system: You are a helpful assistant.
user:
Analyze the provided spectrum to determine if it is a **White Dwarf (WD)**.

A White Dwarf spectrum is defined by its **extreme purity** (due to gravitational settling) and/or **extreme pressure broadening** (due to high surface gravity). You must check for one of the following mutually exclusive signatures:

- **Key Visual Indicators (Check for ONE of these types):**

    - **1. DA-Type Signature (Most Common):**
        - **(Primary Feature):** Extreme pressure broadening (Stark broadening) of the **Hydrogen (H) Balmer lines**.
        - **(Key Lines):** $H\beta$ (approx. $4861$ Å) and $H\gamma$ (approx. $4340$ Å). $H\alpha$ (approx. $6563$ Å) will also be present if the wavelength range covers it.
        - **(Line Profile):** This is the **defining feature**. The lines are **NOT** sharp. They appear as massive, **extremely broad and deep "troughs" or "dips"** in the spectrum, often hundreds of Ångströms wide. The continuum will appear to "scoop" down at these wavelengths.
        - **(Distinction):** Normal A-type or B-type stars have *narrow* and *sharp* Hydrogen lines. A DA White Dwarf's lines are unmistakably "smeared" or "blurry" from pressure.

    - **2. DB-Type Signature:**
        - **(Primary Feature):** Broad absorption lines from **Neutral Helium (He I)**. The spectrum must lack any visible Hydrogen lines.
        - **(Key Lines):** Look for broad absorption near $4471$ Å, $4921$ Å, and $5876$ Å.
        - **(Line Profile):** These lines are also significantly pressure-broadened, appearing much wider than they would in a normal B-type main-sequence star.

    - **3. DC-Type Signature:**
        - **(Primary Feature):** A **featureless continuous spectrum**.
        - **(Line Profile):** The spectrum is a smooth curve with **no significant absorption or emission lines**.
        - **(Key Confirmation):** The continuum is almost always **blue or white**, indicating a hot object. This signature implies the atmosphere is so pure (or so cool) that no spectral lines are visible in the optical range. Its WD identity is confirmed by its extremely low intrinsic brightness (high absolute magnitude).

    - **4. DZ-Type Signature (Metal-Polluted):**
        - **(Primary Feature):** **Isolated, narrow metal absorption lines** on an otherwise featureless (DC-like) continuum.
        - **(Key Lines):** The **Calcium (Ca II) H & K doublet** (approx. **$3934$ Å** and **$3968$ Å**) is the most common and defining feature.
        - **(Line Profile):** These lines are "out of place." They are *not* part of a "forest" of thousands of lines. This signature is evidence of recent *accretion* (pollution) from rocky debris.
        - **(Distinction):** Normal G/K/M stars have a *dense forest* of thousands of metal lines. A DZ has a *clean* continuum with *only a few* strong metal lines.

    - **5. DQ-Type Signature (Carbon-Polluted):**
        - **(Primary Feature):** Absorption bands from **Carbon (C₂ "Swan Bands" or atomic C I)**.
        - **(Key Lines - C₂):** Look for bandheads with a "saw-tooth" shape near $5635$ Å, **$5165$ Å** (strongest), and $4737$ Å.
        - **(Key Confirmation):** The underlying **continuum must be blue or white** (hot).
        - **(Distinction):** This is the critical difference from a **Carbon Star**, which has the *exact same* C₂ bands but on an extremely **red, cool** continuum.

- **(Overall Spectrum):**
    - The continuum (overall shape) is typically **blue-sloping** (brighter in the blue than the red), as most white dwarfs are very hot.
    - The spectrum will look "pure" or "simple," dominated by only *one* of the five signatures listed above.

Think first, call **spectral_visualization_tool** if needed to examine features in detail, then provide your final answer. Your response must adhere to the following strict rules:
1.  **Overall Structure:** Your response must follow the format `<think>...</think> <tool_call>...</tool_call> (if a tool is used) <answer>...</answer>`.
2.  **Tool Usage Constraint:** You may only make **one** tool call per turn.
3.  **Final Answer Format:** In the `<answer>` tag, your conclusion must be inside a `\boxed{}` command (e.g., `\boxed{YES}` or `\boxed{NO}`), followed by your justification.

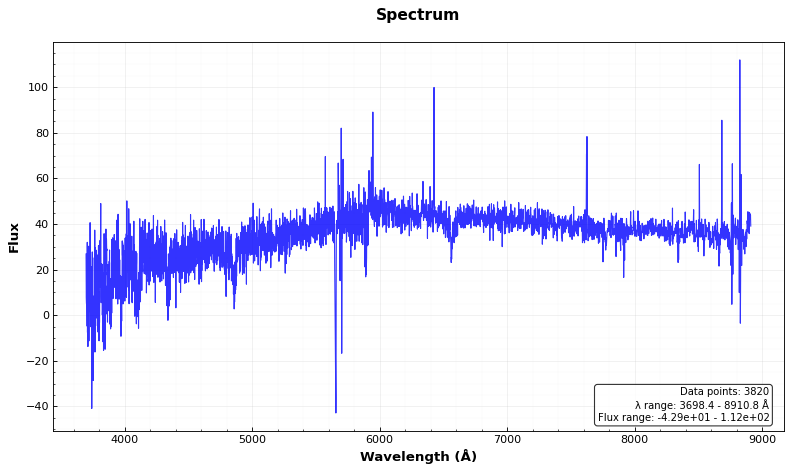
Answer: YES